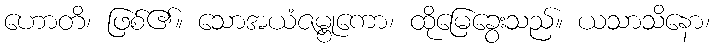
ဟောတိ၊ ဖြစ်၏။ သောအယံဇမ္ဗုကော၊ ထိုမြေခွေးသည်။ ယသာသိနော၊